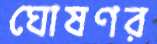
ঘোষণর